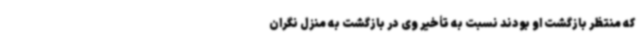
که منتظر بازگشت او بودند نسبت به تأخیر وی در بازگشت به منزل نگران